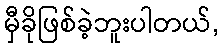
မှီခိုဖြစ်ခဲ့ဘူးပါတယ်,